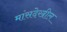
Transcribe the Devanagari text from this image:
मांसदेखील